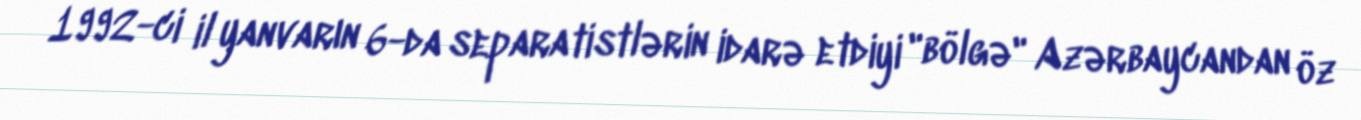
1992-ci il yanvarın 6-da separatistlərin idarə etdiyi "bölgə" Azərbaycandan öz